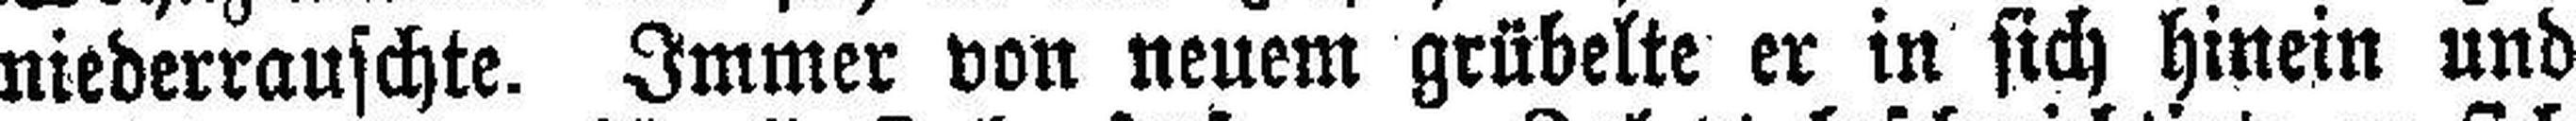
niederrauschte. Immer von neuem grübelte er in sich hinein und